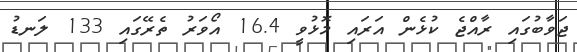
ޖަވާބުގައި ރާއްޖެ ކުޅެން އަރައި މޮޅުވީ 16.4 އޯވަރު ތެރޭގައި 133 ލަނޑު